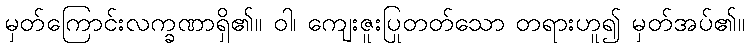
မှတ်ကြောင်းလက္ခဏာရှိ၏။ ဝါ၊ ကျေးဇူးပြုတတ်သော တရားဟူ၍ မှတ်အပ်၏။